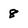
Character: 8